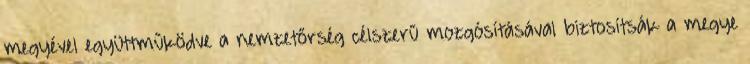
megyével együttműködve a nemzetőrség célszerű mozgósításával biztosítsák a megye